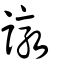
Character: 譈